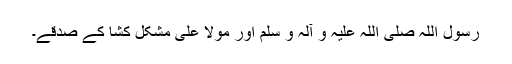
رسول اللّٰہ صلّی اللّہ علیہِ و آلہ و سلّم اور مولا علی مشکل کُشا کے صدقے۔